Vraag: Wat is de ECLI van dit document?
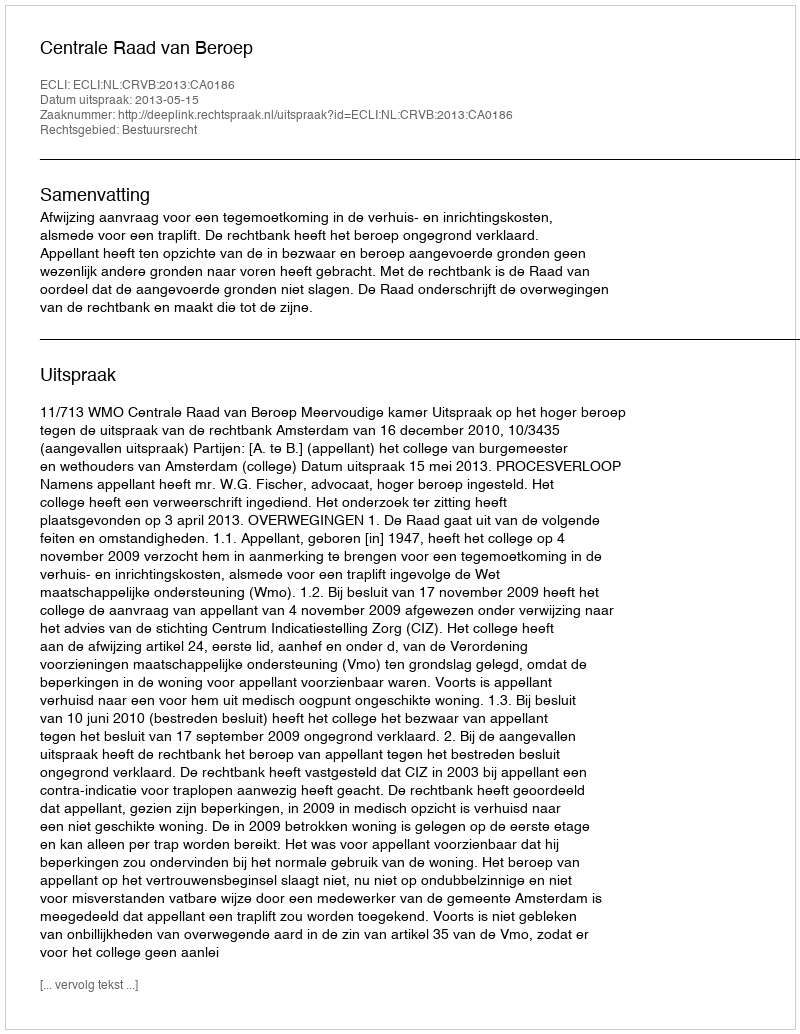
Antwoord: ECLI:NL:CRVB:2013:CA0186